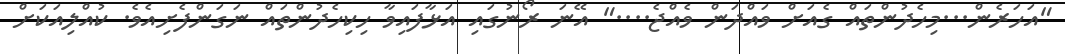
"އަހަރެން...މިހެދުންތައް ގެއަށް ވައްދަން ވެއްޖެ...." އޭނަ ރޯނުގައި އަޅާފައިވާ ހިކިހެދުންތައް ނަގަންފެށިއެވެ. ކުއްލިއަކަށް